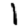
Digit: 1